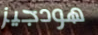
هودجيز